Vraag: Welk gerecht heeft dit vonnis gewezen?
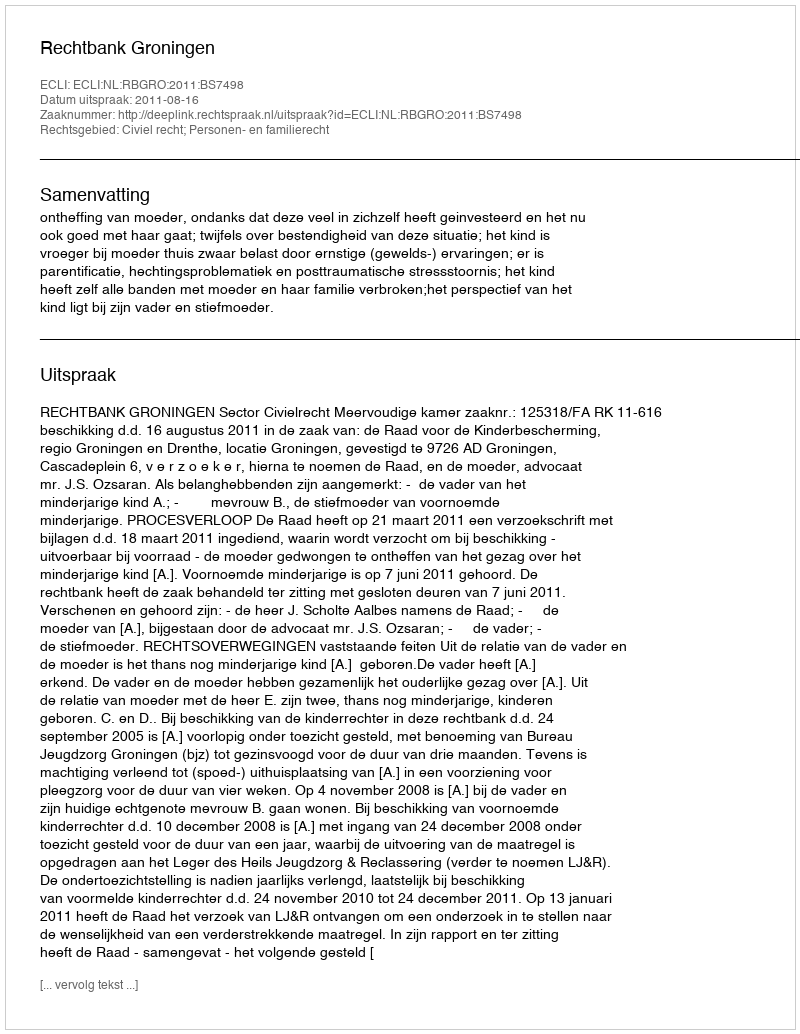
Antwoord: Rechtbank Groningen